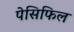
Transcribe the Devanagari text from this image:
पेसिफिल